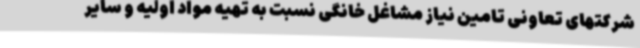
شرکتهای تعاونی تامین نیاز مشاغل خانگی نسبت به تهیه مواد اولیه و سایر